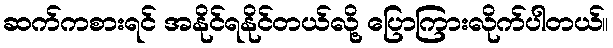
ဆက်ကစားရင် အနိုင်ရနိုင်တယ်လို့ ပြောကြားလိုက်ပါတယ်။